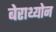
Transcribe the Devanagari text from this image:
बेराथ्योन